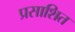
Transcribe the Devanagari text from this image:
प्रसाशित